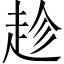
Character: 趁